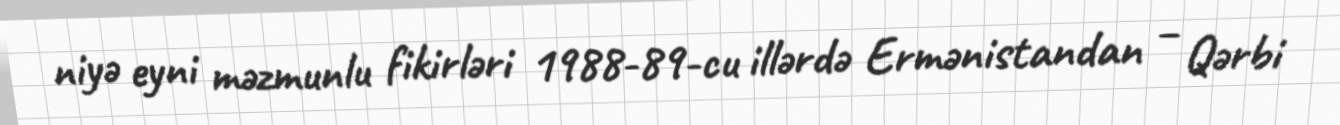
niyə eyni məzmunlu fikirləri 1988-89-cu illərdə Ermənistandan – Qərbi